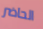
الحاضر